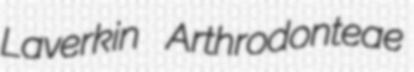
Laverkin Arthrodonteae